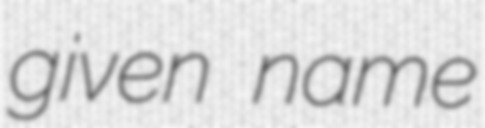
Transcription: given name